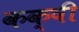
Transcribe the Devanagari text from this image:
कक्षी